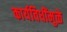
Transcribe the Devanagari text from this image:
कार्यविधींमुळे